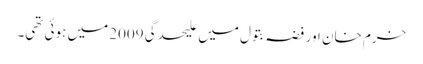
خرم خان اور فضہ بتول میں علیحدگی 2009 میں ہوئی تھی۔